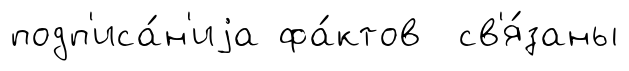
подп'иса́н'иjа фа́ктов св'я́заны